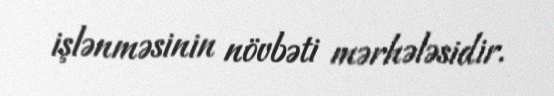
işlənməsinin növbəti mərhələsidir.